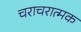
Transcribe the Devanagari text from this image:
चराचरात्मक